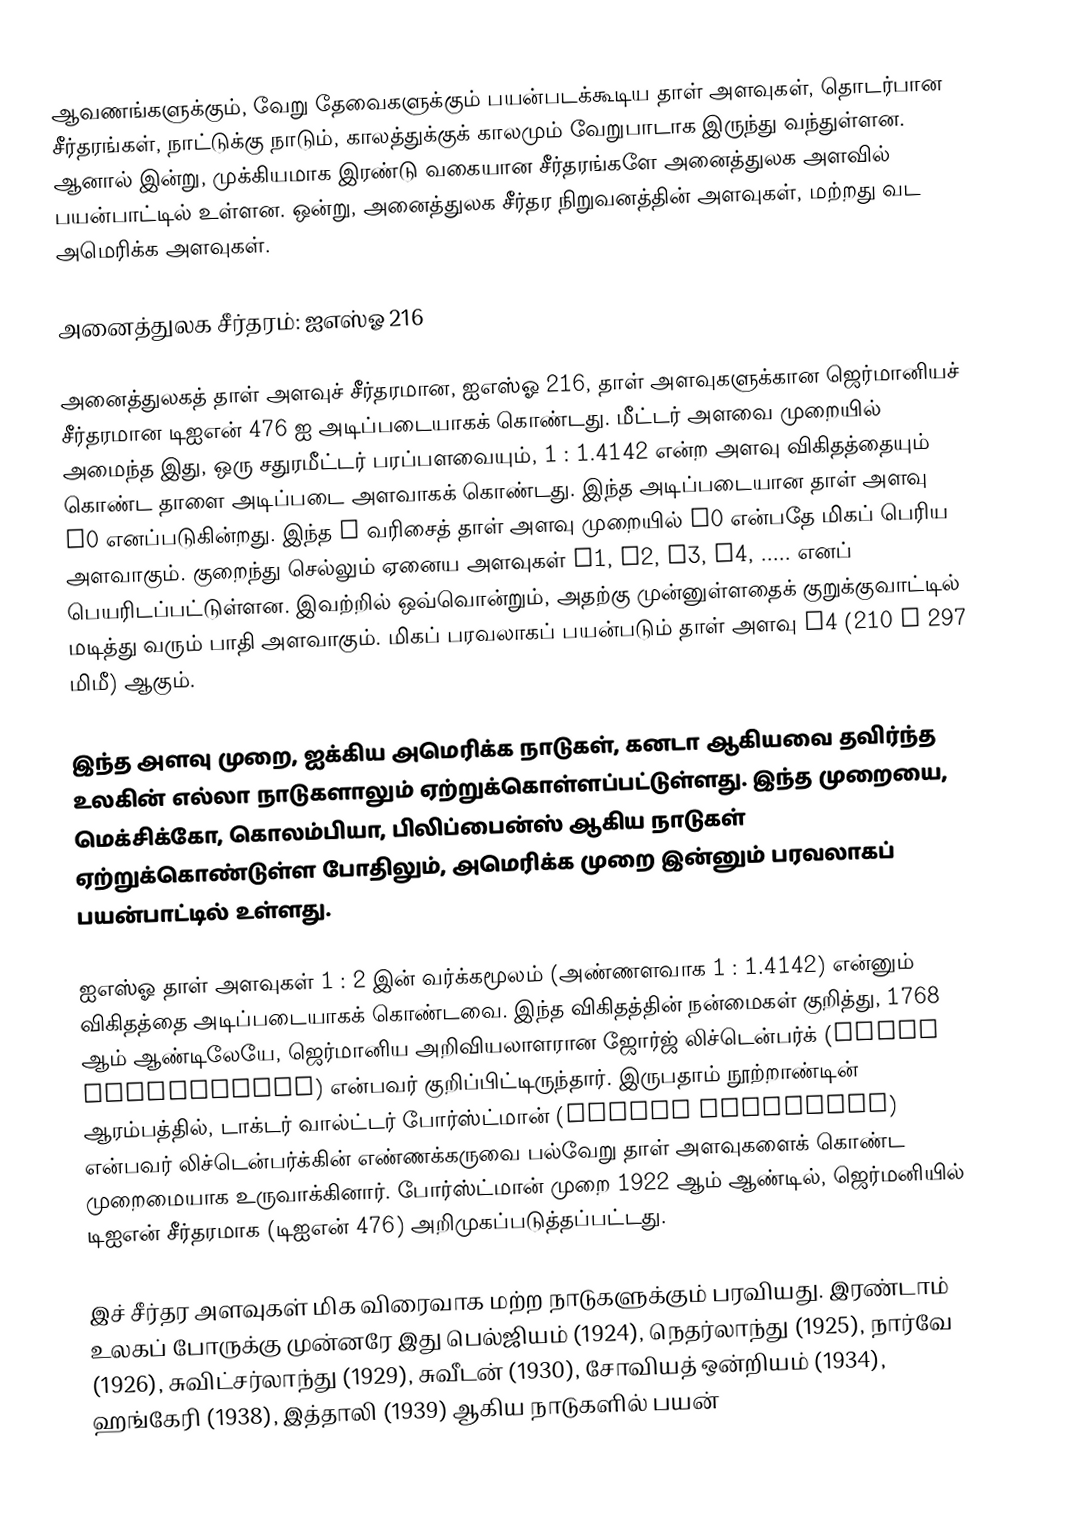
ஆவணங்களுக்கும், வேறு தேவைகளுக்கும் பயன்படக்கூடிய தாள் அளவுகள், தொடர்பான சீர்தரங்கள், நாட்டுக்கு நாடும், காலத்துக்குக் காலமும் வேறுபாடாக இருந்து வந்துள்ளன. ஆனால் இன்று, முக்கியமாக இரண்டு வகையான சீர்தரங்களே அனைத்துலக அளவில் பயன்பாட்டில் உள்ளன. ஒன்று, அனைத்துலக சீர்தர நிறுவனத்தின் அளவுகள், மற்றது வட அமெரிக்க அளவுகள்.

அனைத்துலக சீர்தரம்: ஐஎஸ்ஓ 216

அனைத்துலகத் தாள் அளவுச் சீர்தரமான, ஐஎஸ்ஓ 216, தாள் அளவுகளுக்கான ஜெர்மானியச் சீர்தரமான டிஐஎன் 476 ஐ அடிப்படையாகக் கொண்டது. மீட்டர் அளவை முறையில் அமைந்த இது, ஒரு சதுரமீட்டர் பரப்பளவையும், 1 : 1.4142 என்ற அளவு விகிதத்தையும் கொண்ட தாளை அடிப்படை அளவாகக் கொண்டது. இந்த அடிப்படையான தாள் அளவு A0 எனப்படுகின்றது. இந்த A வரிசைத் தாள் அளவு முறையில் A0 என்பதே மிகப் பெரிய அளவாகும். குறைந்து செல்லும் ஏனைய அளவுகள் A1, A2, A3, A4, ..... எனப் பெயரிடப்பட்டுள்ளன. இவற்றில் ஒவ்வொன்றும், அதற்கு முன்னுள்ளதைக் குறுக்குவாட்டில் மடித்து வரும் பாதி அளவாகும். மிகப் பரவலாகப் பயன்படும் தாள் அளவு A4 (210 x 297 மிமீ) ஆகும்.

இந்த அளவு முறை, ஐக்கிய அமெரிக்க நாடுகள், கனடா ஆகியவை தவிர்ந்த உலகின் எல்லா நாடுகளாலும் ஏற்றுக்கொள்ளப்பட்டுள்ளது. இந்த முறையை, மெக்சிக்கோ, கொலம்பியா, பிலிப்பைன்ஸ் ஆகிய நாடுகள் ஏற்றுக்கொண்டுள்ள போதிலும், அமெரிக்க முறை இன்னும் பரவலாகப் பயன்பாட்டில் உள்ளது.

ஐஎஸ்ஓ தாள் அளவுகள் 1 : 2 இன் வர்க்கமூலம் (அண்ணளவாக 1 : 1.4142) என்னும் விகிதத்தை அடிப்படையாகக் கொண்டவை. இந்த விகிதத்தின் நன்மைகள் குறித்து, 1768 ஆம் ஆண்டிலேயே, ஜெர்மானிய அறிவியலாளரான ஜோர்ஜ் லிச்டென்பர்க் (Georg Lichtenberg) என்பவர் குறிப்பிட்டிருந்தார். இருபதாம் நூற்றாண்டின் ஆரம்பத்தில், டாக்டர் வால்ட்டர் போர்ஸ்ட்மான் (Walter Porstmann) என்பவர் லிச்டென்பர்க்கின் எண்ணக்கருவை பல்வேறு தாள் அளவுகளைக் கொண்ட முறைமையாக உருவாக்கினார். போர்ஸ்ட்மான் முறை 1922 ஆம் ஆண்டில், ஜெர்மனியில் டிஐஎன் சீர்தரமாக (டிஐஎன் 476) அறிமுகப்படுத்தப்பட்டது.

இச் சீர்தர அளவுகள் மிக விரைவாக மற்ற நாடுகளுக்கும் பரவியது. இரண்டாம் உலகப் போருக்கு முன்னரே இது பெல்ஜியம் (1924), நெதர்லாந்து (1925), நார்வே (1926), சுவிட்சர்லாந்து (1929), சுவீடன் (1930), சோவியத் ஒன்றியம் (1934), ஹங்கேரி (1938), இத்தாலி (1939) ஆகிய நாடுகளில் பயன்